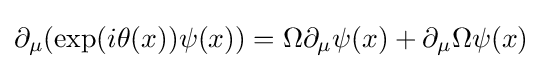
\partial _{\mu }(\exp(i\theta (x))\psi (x))=\Omega \partial _{\mu }\psi (x)+\partial _{\mu }\Omega \psi (x)